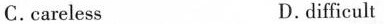
с. careless D. difficult